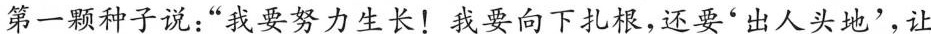
第一颗种子说：”我要努力生长！我要向下扎根，还要'出人头地'，让